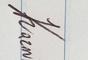
Signature authenticity: genuine